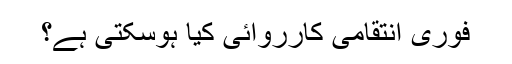
فوری انتقامی کارروائی کیا ہوسکتی ہے؟